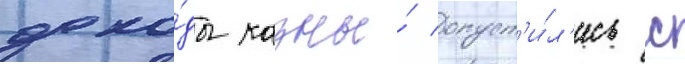
дохо́ды казны́ опуст'и́л'ись с